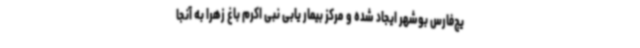
یج‌فارس بوشهر ایجاد شده و مرکز بیمار یابی نبی اکرم باغ زهرا به آنجا